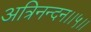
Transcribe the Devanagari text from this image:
अत्रिनन्‍दन।।५।।